Report of the Municipal Commissioner on the plague in Bombay for the year ending 31st May... - Volume 1
Disease focus: Plague
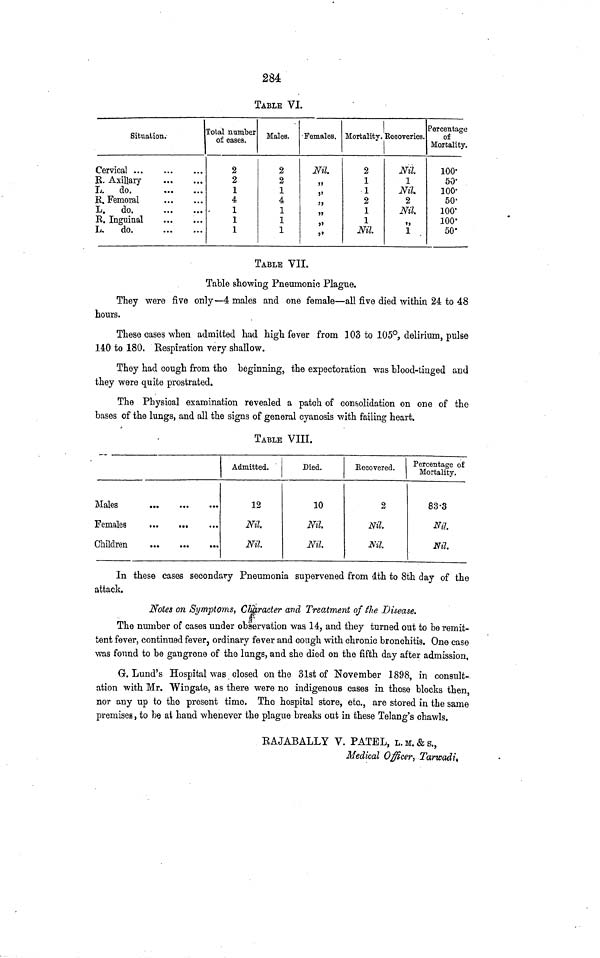
284
TABLE VI.
Situation.
Cervical
R. Axillary
L. do.
E. Femoral
L.
do.
R. Inguinal
L.
do.
Total number
of cases.
2
2
1
4
1
1
1
Males.
2
2
1
4
1
1
1
Females.
Nil
"
"
"
"
"
"
Mortality.
2
1
1
2
1
1
Nil.
Recoveries.
Nil.
1
Nil.
2
Nil.
1
Percentage
of
Mortality.
100·
50·
100·
50'
100·
100.
50.
TABLE VII.
Table showing Pneumonic Plague.
They were five only—4 males and one female—all five died within 24 to 48
hours.
These cases when admitted had high fever from 103 to 105°, delirium, pulse
140 to 180. Respiration very shallow.
They had cough from the beginning, the expectoration was blood-tinged and
they were quite prostrated.
The Physical examination revealed a patch of consolidation on one of the
bases of the lungs, and all the signs of general cyanosis with failing heart.
TABLE VIII.
Males
Females
Children
Admitted.
12
Nil.
Nil.
Died.
10
Nil.
Nil.
Eecovered.
2
Nil.
Nil
Percentage of
Mortality.
83.3
Nil
Nil.
In these cases secondary Pneumonia supervened from áth to 8th day of the
attack.
Notes on Symptoms, Character and Treatment of the Disease.
The number of cases under observation was 14, and they turned out to be remit-
tent fever, continued fever, ordinary fever and cough with chronic bronchitis. One case
was found to be gangrene of the lungs, and she died on the fifth day after admission,
G. Lund's Hospital was closed on the 31st of November 1898, in consult-
ation with Mr. Wingale, as there were no indigenous cases in those blocks then,
nor any up to the present time. The hospital store, etc., are stored in the same
premises, to be at hand whenever the plague breaks out in these Telang's chawls.
RAJABALLY V. PATEL, L. M. & s.,
Medical Officer, Tarwadi,